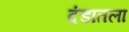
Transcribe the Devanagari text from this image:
दंडातला